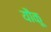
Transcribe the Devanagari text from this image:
यौकू